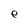
Character: e